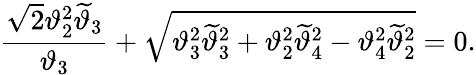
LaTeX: {\frac{\sqrt{2}\vartheta_{2}^{2}\widetilde\vartheta_{3}}{\vartheta_{3}}}+\sqrt{\vartheta_{3}^{2}\widetilde\vartheta_{3}^{2}+\vartheta_{2}^{2}\widetilde\vartheta_{4}^{2}-\vartheta_{4}^{2}\widetilde\vartheta_{2}^{2}}=0.